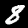
Digit: 8